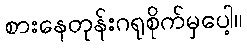
စားနေတုန်းဂရုစိုက်မှပေါ့။